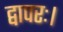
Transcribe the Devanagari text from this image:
द्वापरः।